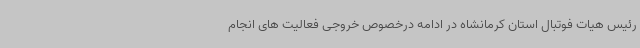
رئیس هیات فوتبال استان کرمانشاه در ادامه درخصوص خروجی فعالیت های انجام